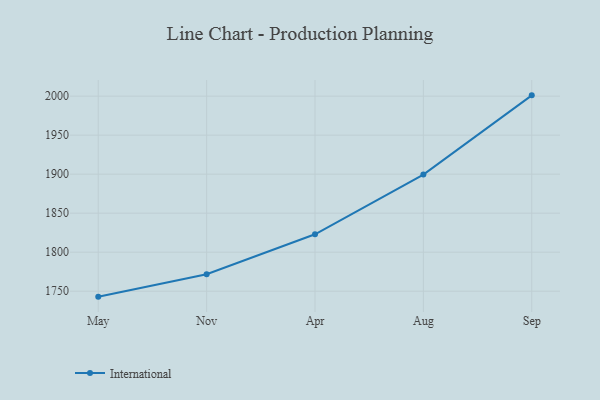
{"axis": {"x": "Month", "y": "Page Views"}, "legend": ["International"], "data": [{"x": "May", "y": 1743.0, "type": "International"}, {"x": "Nov", "y": 1771.7, "type": "International"}, {"x": "Apr", "y": 1822.9, "type": "International"}, {"x": "Aug", "y": 1899.5, "type": "International"}, {"x": "Sep", "y": 2001.0, "type": "International"}]}